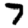
Digit: 7